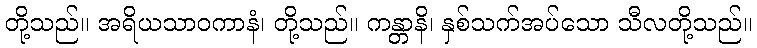
တို့သည်။ အရိယသာဝကာနံ၊ တို့သည်။ ကန္တာနိ၊ နှစ်သက်အပ်သော သီလတို့သည်။